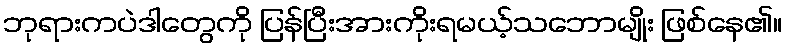
ဘုရားကပဲဒါတွေကို ပြန်ပြီးအားကိုးရမယ့်သဘောမျိုး ဖြစ်နေ၏။